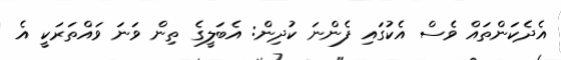
އެދެކަންތައް ވެސް އެކުގައި ފެންނަ ކުދިން: އެބަލީގެ ތިން ވަނަ ވައްތަރަކީ އެ